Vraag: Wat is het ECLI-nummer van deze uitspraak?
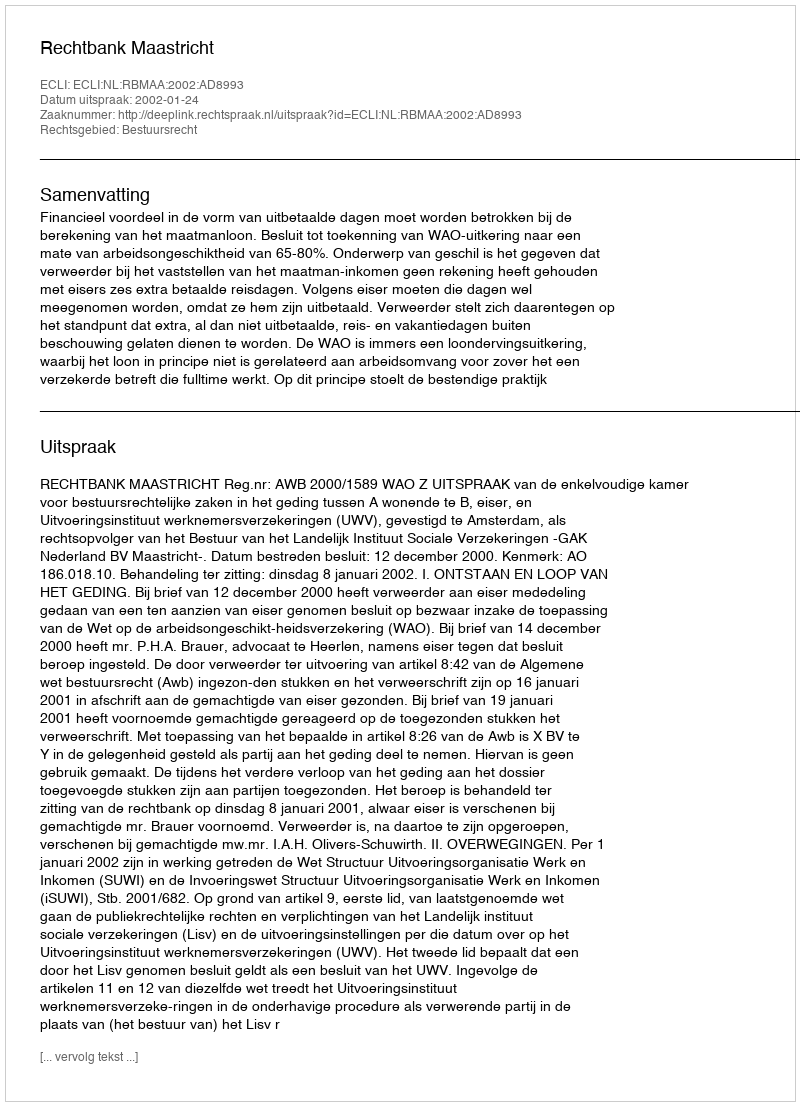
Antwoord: ECLI:NL:RBMAA:2002:AD8993